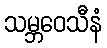
သမ္ဘဝေသီနံ